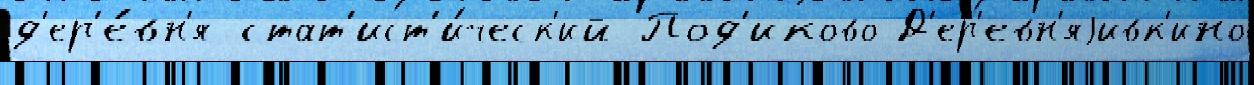
д'ер'е́вн'я стат'ист'и́ческ'ий Под'иково Д'ер'евн'яjивк'ино